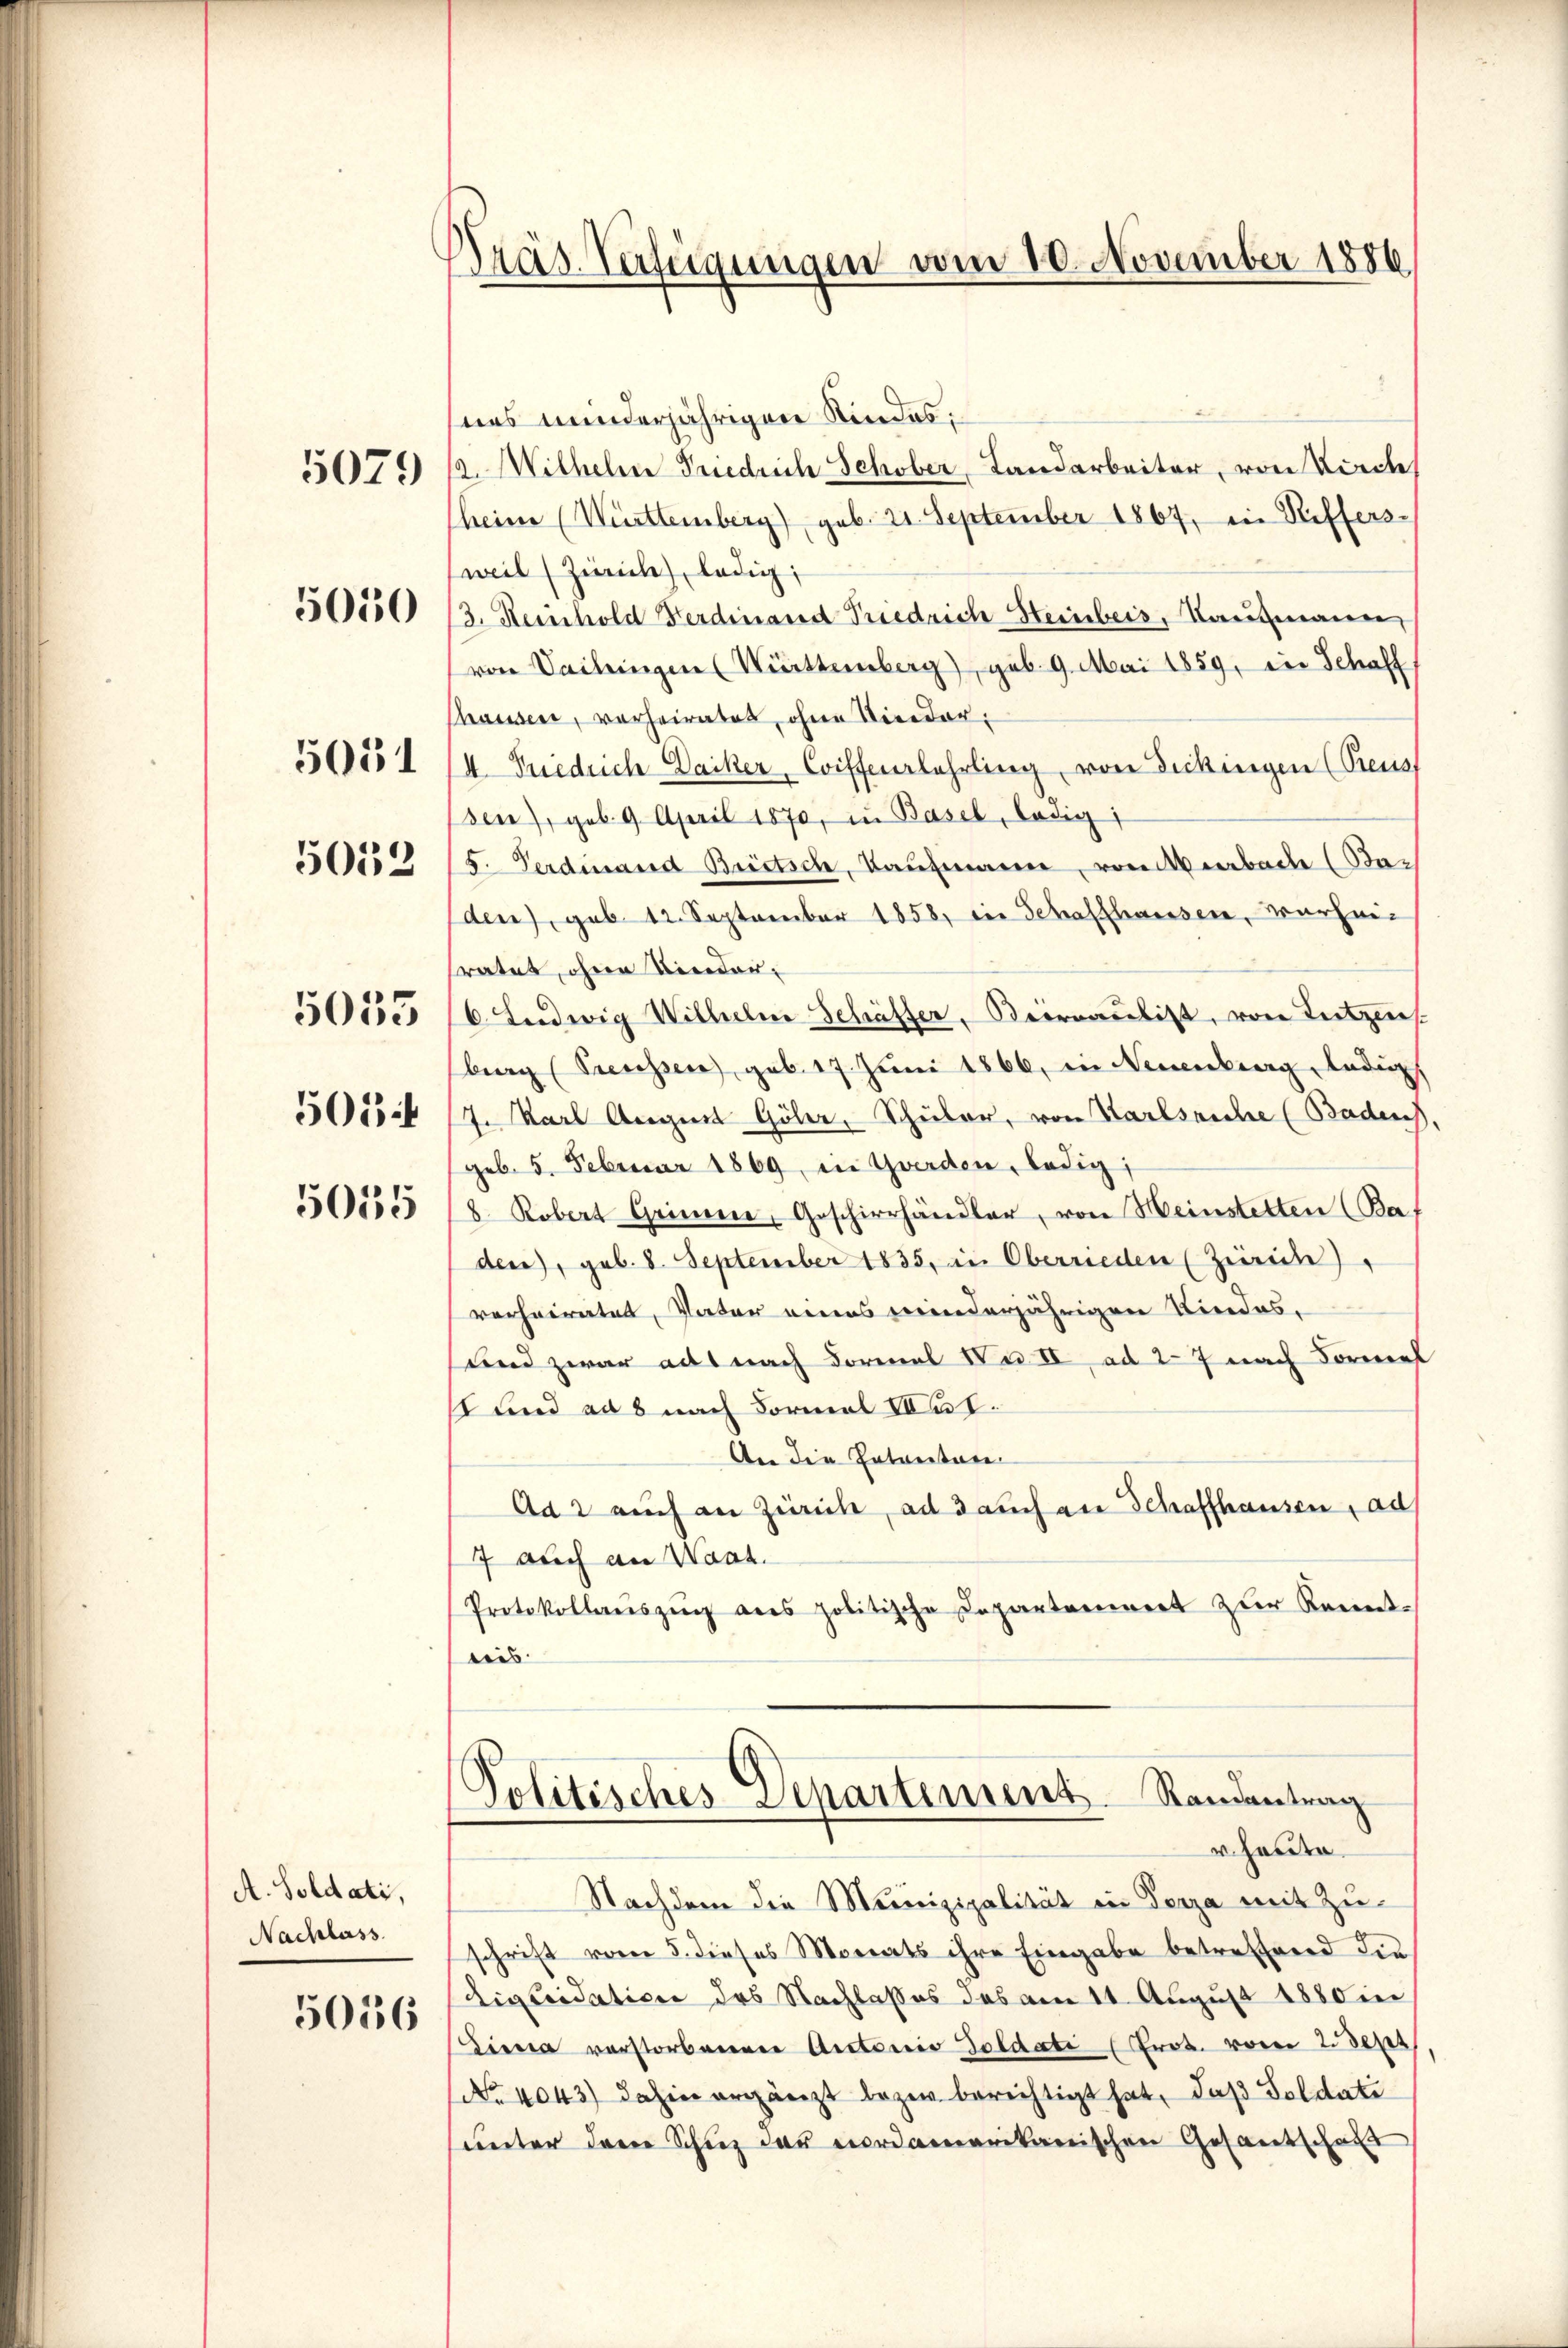
5012
5035
501
5015

5079

5050

5051

A. Soldati,
Nachlass

5036

¬
Präs. Verfügungen vom 10. November 1886

nes minderjährigen Kindes:
2. Wilhelm Friedrich Schober, Landarbeiter, von Kirche
heime (Württemberg) geb. 21. September 1867, in Riffersweil (Zürich, ledig
/3. Reinhold Ferdinand Priedrich Steinberg, Kaufmann
von Seilungen (Württemberg), geb. 9. Mai 1859, ein Schaff
hausen, vorheiratet, ohne Nieder¬
4. Friedrich Daiker, Coiffererlehrling, von Dickingen (Preus
sen), geb. 9. April 1870, in Basel, ledig
5. Ferdinand Brittsch, Kaŭfmann, von Verbache (Ba-
den), geb. 12. September 1858, in Schaffhausen, warhei
sratet, ohne Nieder¬
6. Ludwig Wilhelm Schäffer, Beeraubist, von Lutzens.
berg (Trecesser, geb. 17. Juni 1866, in Neuenburg, ledig
7. Karl August Göler, Schüler, von Karlsriche (Badens
geb. 5. Februar 1869, in Gwerden, ledig;
8. Robert Grinne, Geschierhändler, von Meinstetten (Ba
den), geb. 8. September 1835. in Oberrieden (Zürich),
verheiratet, Vater eines minderjährigen Kindes,
und zwar ad nach Formal No II, ad 27 nach Formel
1 und ad 8 nach Formal Da 1.
An die Entantan-
Aa 2 auch an Zürich, ad auch an Schaffhausen, ad
7 auch an Waat.
Protokollaŭszŭg ans politische Departennert zŭr Kennt-
teis

Politisches Departement. Randantrag
r heute.

Nachdem die Munizipalität in Terza mit Zuschrift vom 5. dieses Morats ihre Eingabe betreffend die
Liquidation des Nachlasses des am 11. August 1880 in
Siena verstorbenen Antonio Soldati (Prot. vom 2. Sept
No 4043) dahin ergänzt lazen berechtigt hat, daß Soldati
unter dem Schutz der nordamerikanischen Gesandschaft